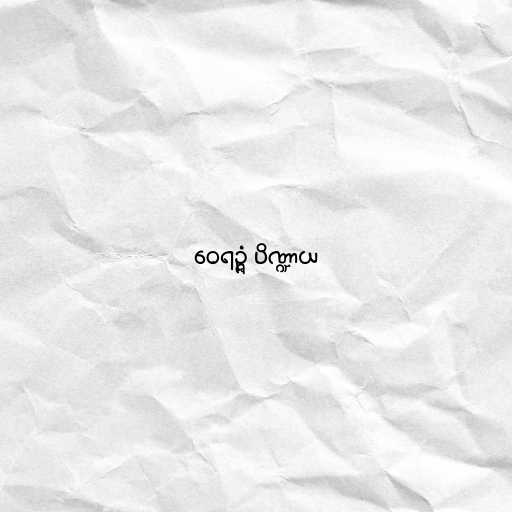
ဝေရဉ္ဇံ ပိဏ္ဍာယ